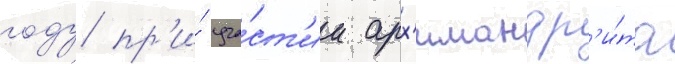
году пр'и́ уча́ст'ии арх'имандр'и́та